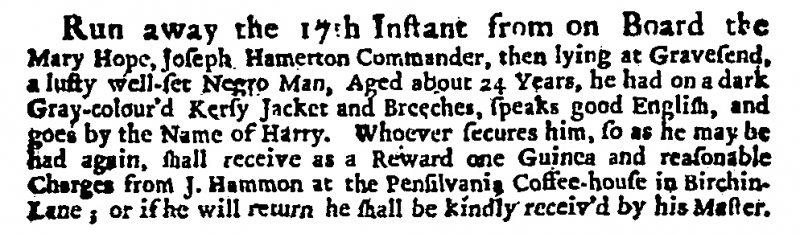
Daily Courant, 23 April 1707 (England)
Run away the 17th Instant from on Board the Mary Hope, Joseph Hamerton Commander, then lying at Gravesend, a lusty well-set Negro Man, Aged about 24 Years, he had on a dark Gray-colour’d Kersy Jacket and Breeches, speaks good English, and goes by the Name of Harry. Whoever secures him, so as he may be had again, shall receive as a Reward one Guinea and reasonable Charges from J. Hammon at the Pensilvania Coffee-house in Birchin-Lane; or if he will return he shall be kindly receiv’d by his Master.